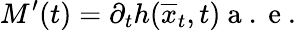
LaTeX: M^{\prime}(t)=\partial_{t}h(\overline{{x}}_{t},t)\mathrm{~a~.~e~.~}